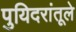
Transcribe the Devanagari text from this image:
पुयिदरांतूले